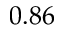
0 . 8 6